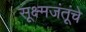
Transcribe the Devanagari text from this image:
सूक्ष्मजंतूंचे